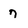
Character: 7